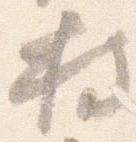
持